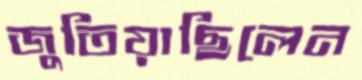
জুতিয়াছিলেন